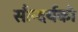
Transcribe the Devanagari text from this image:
सौन्दर्यको